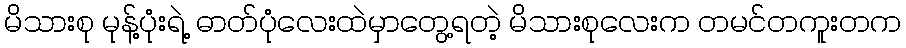
မိသားစု မုန့်ပုံးရဲ့ ဓာတ်ပုံလေးထဲမှာတွေ့ရတဲ့ မိသားစုလေးက တမင်တကူးတက